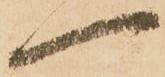
一